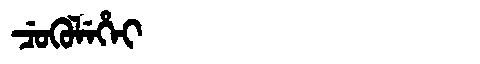
Manchu: ᠴᡠᡴᡠᠯᡝᡥᡝᡳ
Romanization: CUKULEHEI